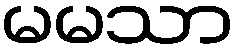
မမသာ